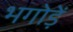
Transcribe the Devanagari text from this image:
भगोड़ें